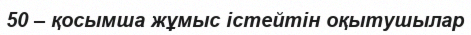
50 – қосымша жұмыс істейтін оқытушылар